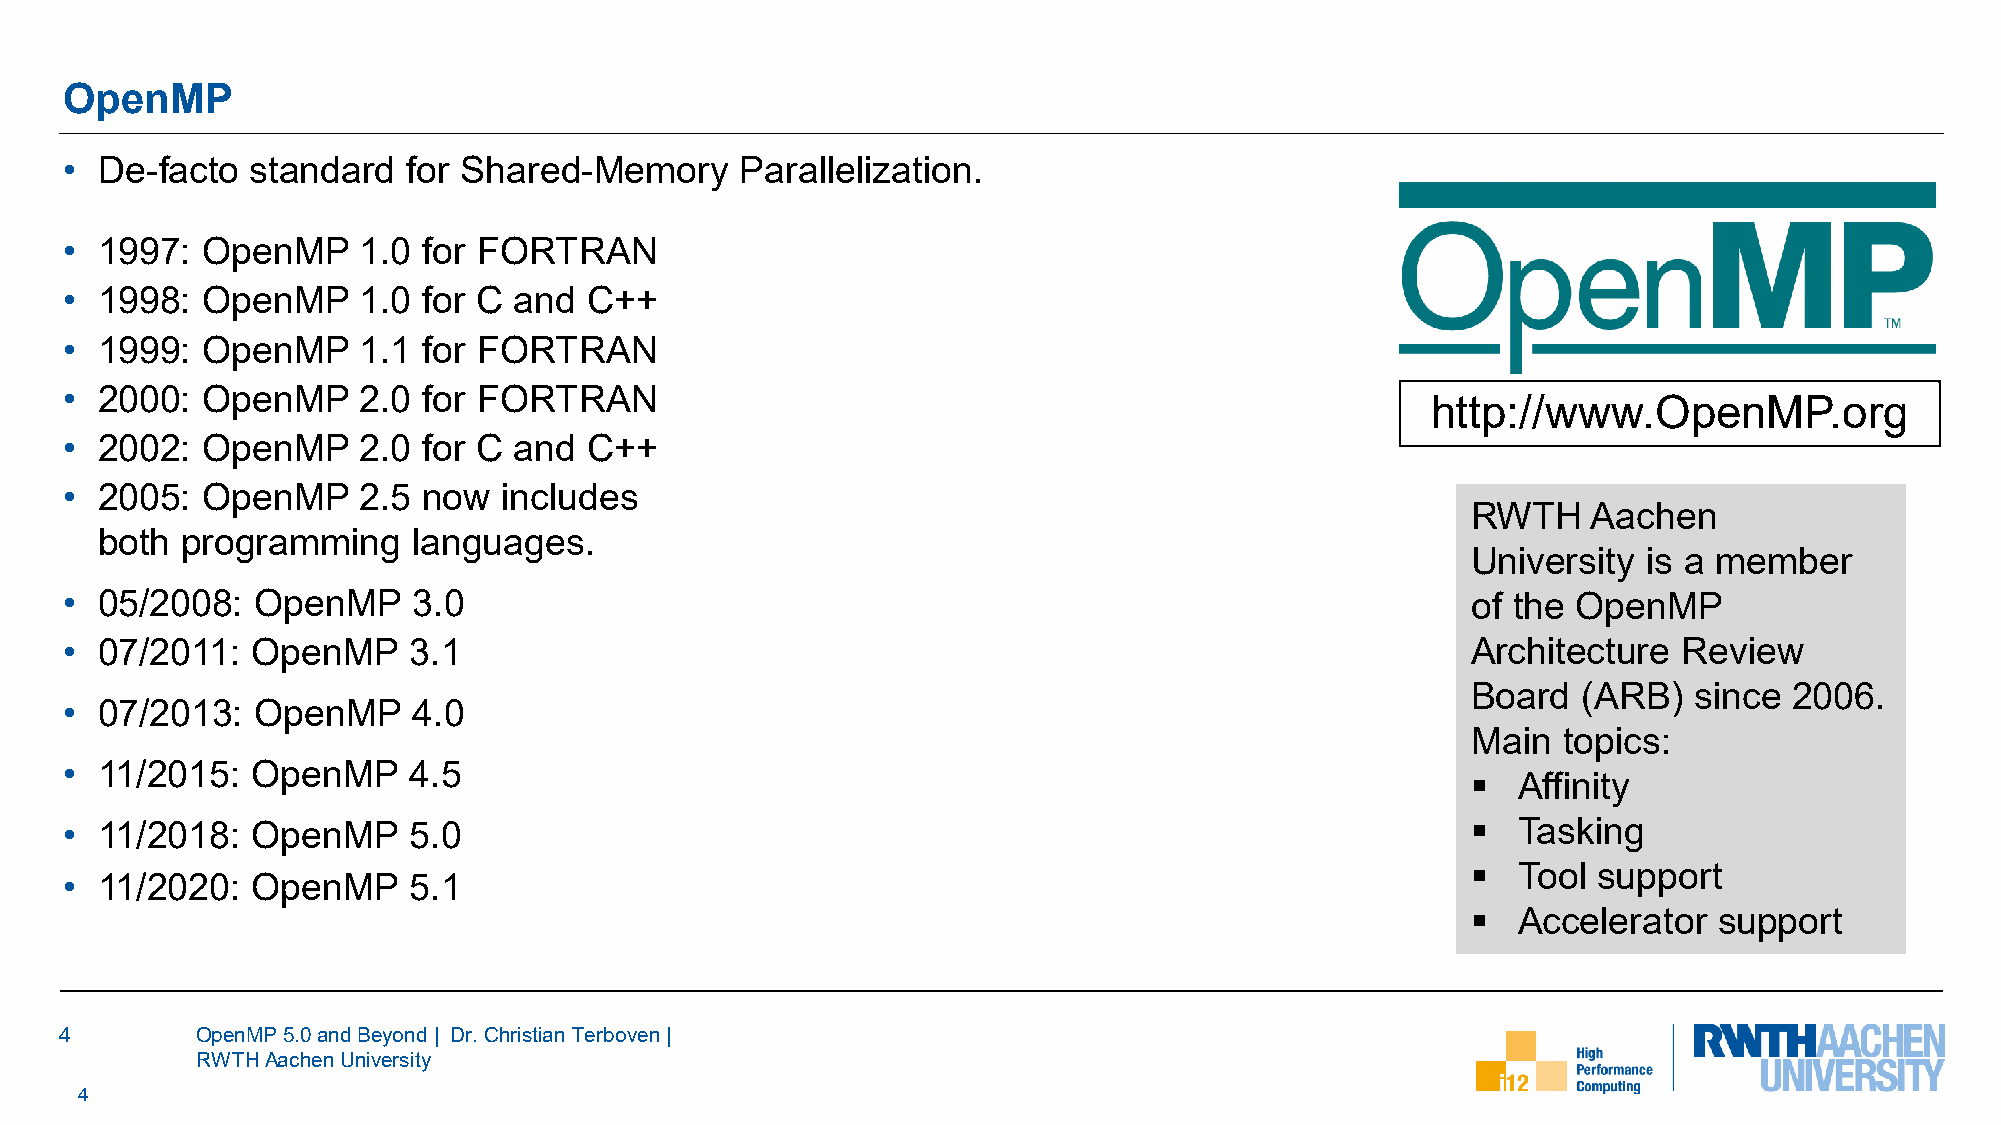
OpenMP
 •  De-facto  standard  for Shared-Memory     Parallelization.
 •  1997: OpenMP     1.0 for FORTRAN
 •  1998: OpenMP     1.0 for C and  C++
 •  1999: OpenMP     1.1 for FORTRAN
 •  2000: OpenMP     2.0 for FORTRAN
 http://www.OpenMP.org
 •  2002: OpenMP     2.0 for C and  C++
 •  2005: OpenMP     2.5 now  includes
 RWTH    Aachen
 both programming    languages.
 University  is a member
 •  05/2008:  OpenMP    3.0                                                                   of the OpenMP
 •  07/2011:  OpenMP    3.1                                                                   Architecture  Review
 Board   (ARB)  since  2006.
 •  07/2013:  OpenMP    4.0
 Main  topics:
 •  11/2015:  OpenMP    4.5
   Affinity
 •  11/2018:  OpenMP    5.0                                                                     Tasking
   Tool  support
 •  11/2020:  OpenMP    5.1
   Accelerator   support
 4        OpenMP 5.0 and Beyond | Dr. Christian Terboven|
 RWTH Aachen University
 4